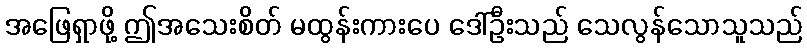
အဖြေရှာဖို့ ဤအသေးစိတ် မထွန်းကားပေ ဒေါ်ဦးသည် သေလွန်သောသူသည်